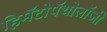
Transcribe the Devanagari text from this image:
हिमॅटोपॅथोलॉजी